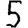
Digit: 5